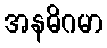
အနဓိဂမာ